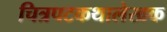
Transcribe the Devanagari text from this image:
चित्रपटकथालेखक